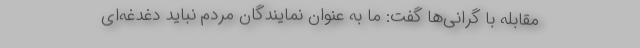
مقابله با گرانی‌ها گفت: ما به عنوان نمایندگان مردم نباید دغدغه‌ای